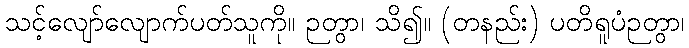
သင့်လျော်လျောက်ပတ်သူကို။ ဉတွာ၊ သိ၍။ (တနည်း) ပတိရူပံဉတွာ၊